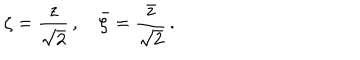
\zeta = { \frac { z } { \sqrt { 2 } } } \, , \quad { \bar { \zeta } } = { \frac { \bar { z } } { \sqrt { 2 } } } \, .